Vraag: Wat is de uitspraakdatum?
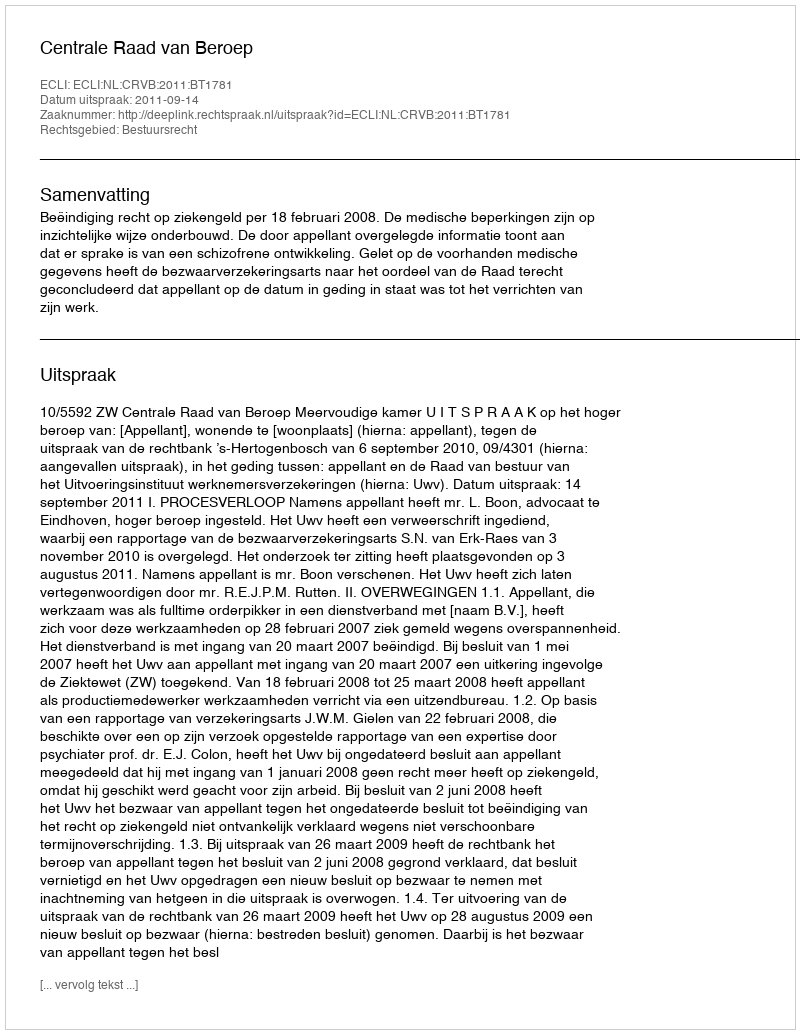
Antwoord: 2011-09-14